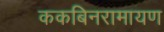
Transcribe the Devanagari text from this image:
ककबिनरामायण